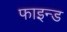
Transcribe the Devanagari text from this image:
फाइन्ड